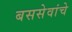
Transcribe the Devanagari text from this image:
बससेवांचे